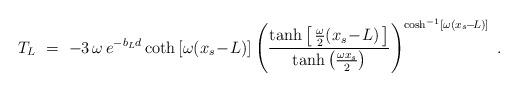
LaTeX: \begin{align*}T_L\ =\ -3\, \omega\, e^{-b_L d} \coth \left[\omega (x_s\! -\! L)\right] \left( \frac{\tanh \left[\, \frac{\omega}{2} (x_s\! -\! L)\, \right]} {\tanh \left( \frac{\omega x_s}{2} \right)} \right)^{\cosh^{-1} \left[\omega (x_s\! -\! L)\right]}\ .\end{align*}